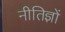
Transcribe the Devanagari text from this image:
नीतिज्ञों